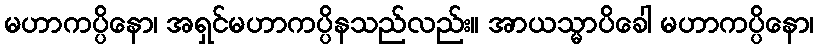
မဟာကပ္ပိနော၊ အရှင်မဟာကပ္ပိနသည်လည်း။ အာယသ္မာပိခေါ မဟာကပ္ပိနော၊